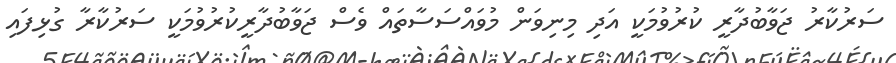
ސަރުކާރު ޖަވާބުދާރީ ކުރުވުމަކީ އަދި މިނިވަން މުވައްސަސާތައް ވެސް ޖަވާބުދާރީކުރުވުމަކީ ސަރުކާރާ ގުޅިފައި